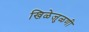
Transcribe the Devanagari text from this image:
खिळेजुळणी